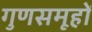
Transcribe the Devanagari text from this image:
गुणसमूहों